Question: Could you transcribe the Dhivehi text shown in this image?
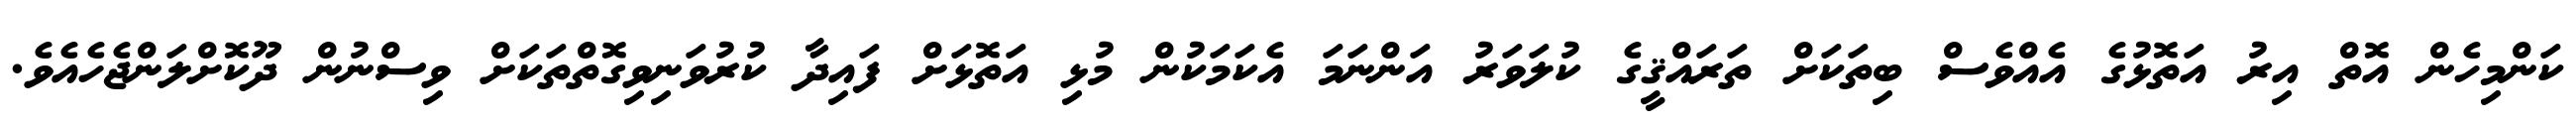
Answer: ކަންމިހެން އޮތް އިރު އަތޮޅުގެ އެއްވެސް ބިތަކަށް ތަރައްޤީގެ ކުލަވަރު އަންނަމަ އެކަމަކުން މުޅި އަތޮޅަށް ފައިދާ ކުރުވަނިވިގޮތްތަކަށް ވިސްނުން ދޫކޮށްލަންޖެހެއެވެ.